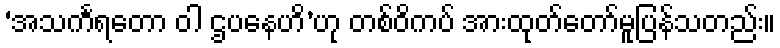
‘အသင်္ကရတော ဝါ ဌပနေဟိ’ဟု တစ်ဝိကပ် အားထုတ်တော်မူပြန်သတည်း။